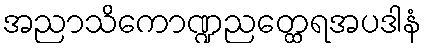
အညာသိကောဏ္ဍညတ္ထေရအပဒါနံ